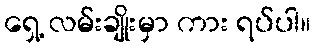
ရှေ့ လမ်းချိုးမှာ ကား ရပ်ပါ။